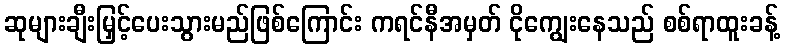
ဆုများချီးမြှင့်ပေးသွားမည်ဖြစ်ကြောင်း ကရင်နီအမှတ် ငိုကျွေးနေသည် စစ်ရာထူးခန့်